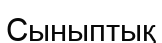
Сыныптық